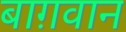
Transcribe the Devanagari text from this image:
बाग़वान